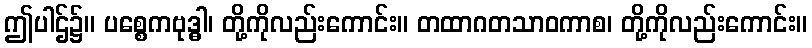
ဤပါဌ်၌။ ပစ္စေကဗုဒ္ဓါ၊ တို့ကိုလည်းကောင်း။ တထာဂတသာဝကာစ၊ တို့ကိုလည်းကောင်း။